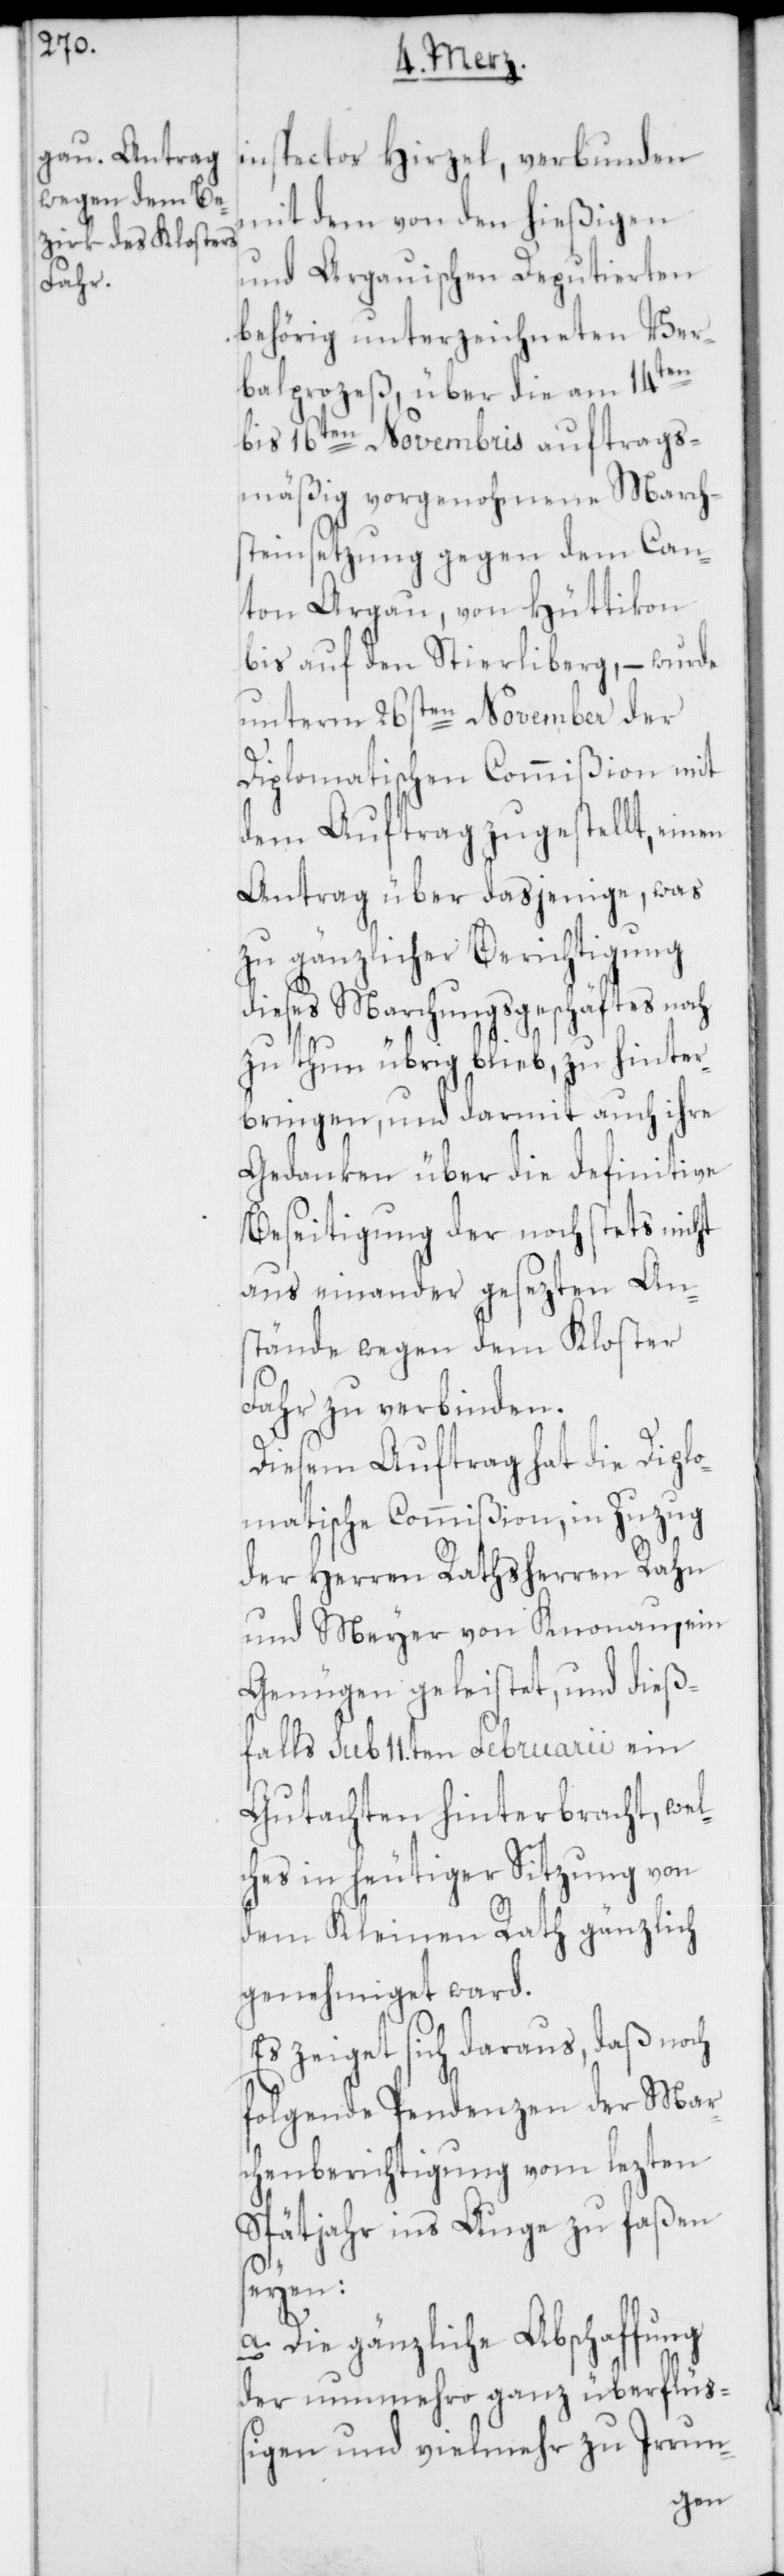
inspector Hirzel, verbunden
mit dem von den hießigen
und Argauischen Deputierten
behörig unterzeichneten Ver¬
balprozeß, über die am 14ten
bis 16ten Novembris auftrags¬
mäßig vorgenohmene March¬
steinsetzung gegen dem Can¬
ton Argau, von Hüttikon
bis auf den Stierliberg, – wurde
unterm 26sten November der
Diplomatischen Commißion mit
dem Auftrag zugestellt, einen
Antrag über dasjenige, was
zu gänzlicher Berichtigung
dieses Marchungsgeschäftes noch
zu thun übrig blieb, zu hinter¬
bringen, und darmit auch ihre
Gedanken über die definitive
Beseitigung der noch stets nicht
aus einander gesezten An¬
stände wegen dem Kloster
Fahr zu verbinden.
Diesem Auftrag hat die Diplo¬
matische Commißion, in Zuzug
der Herren Rathsherren Rahn
und Meyer von Knonau, ein
Genügen geleistet und dieß¬
falls sub 11ten Februarii ein
Gutachten hinterbracht, wel¬
ches in heutiger Sitzung von
dem Kleinen Rath gänzlich
genehmiget ward.
Es zeiget sich daraus, daß noch
folgende Pendenzen der Mar¬
chenberichtigung vom lezten
Spätjahr ins Auge zu faßen
seyen:
a. Die gänzliche Abschaffung
der nunmehro ganz überflü¬
ßigen und vielmehr zu Irrun-